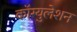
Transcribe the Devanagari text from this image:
कॉग्युलेशन